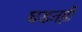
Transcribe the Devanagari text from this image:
घडतही